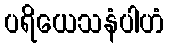
ပရိယေသနံပါဟံ